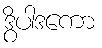
ဒွိပါဒကော